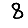
Digit: 8